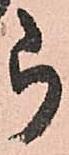
被